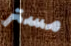
مستر